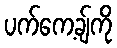
ပက်ကေ့ချ်ကို